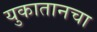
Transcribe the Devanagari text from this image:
युकातानचा